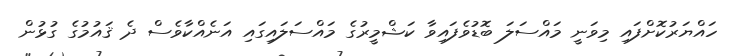
ހައްޔަރުކޮށްފައި މިވަނީ މައްސަލަ ބޮޑުވެފައިވާ ކަޝްމީރުގެ މައްސަލައިގައި އަނެއްކާވެސް ދެ ޤައުމުގެ ގުޅުން